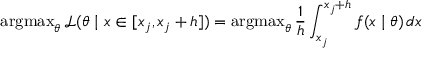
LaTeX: \operatorname { a r g m a x } _ { \theta } { \mathcal { L } } ( \theta \mid x \in [ x _ { j } , x _ { j } + h ] ) = \operatorname { a r g m a x } _ { \theta } { \frac { 1 } { h } } \int _ { x _ { j } } ^ { x _ { j } + h } f ( x \mid \theta ) \, d x